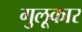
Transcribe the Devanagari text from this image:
गुलूकार